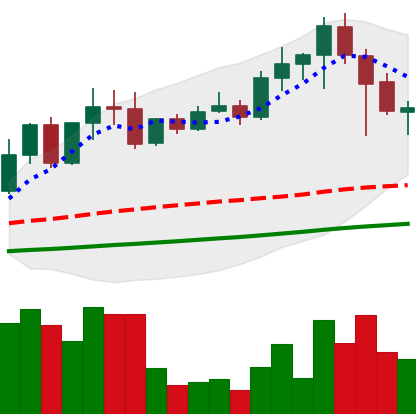
Ticker: EOS-USD
Chart end date: 2021-04-20
Forward return: -25.494%
Label: down_7plus